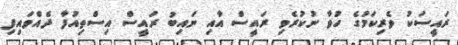
ރައީސަކު ވެރިކަމުގެ ހުވާ ނުކުރެވި ރައީސް އާއި ނައިބު ރައީސް އިސްތިއުފާ ދެއްވައިފި